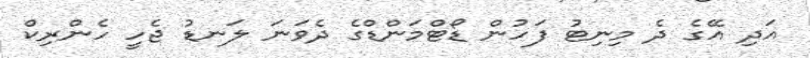
އަދި އޭގެ ދެ މިނިޓު ފަހުން ޑޯޓްމަންޑްގެ ދެވަނަ ލަނޑު ޖެހީ ހެންރިކް